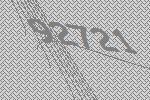
92721